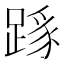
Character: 𨂼